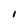
Character: I